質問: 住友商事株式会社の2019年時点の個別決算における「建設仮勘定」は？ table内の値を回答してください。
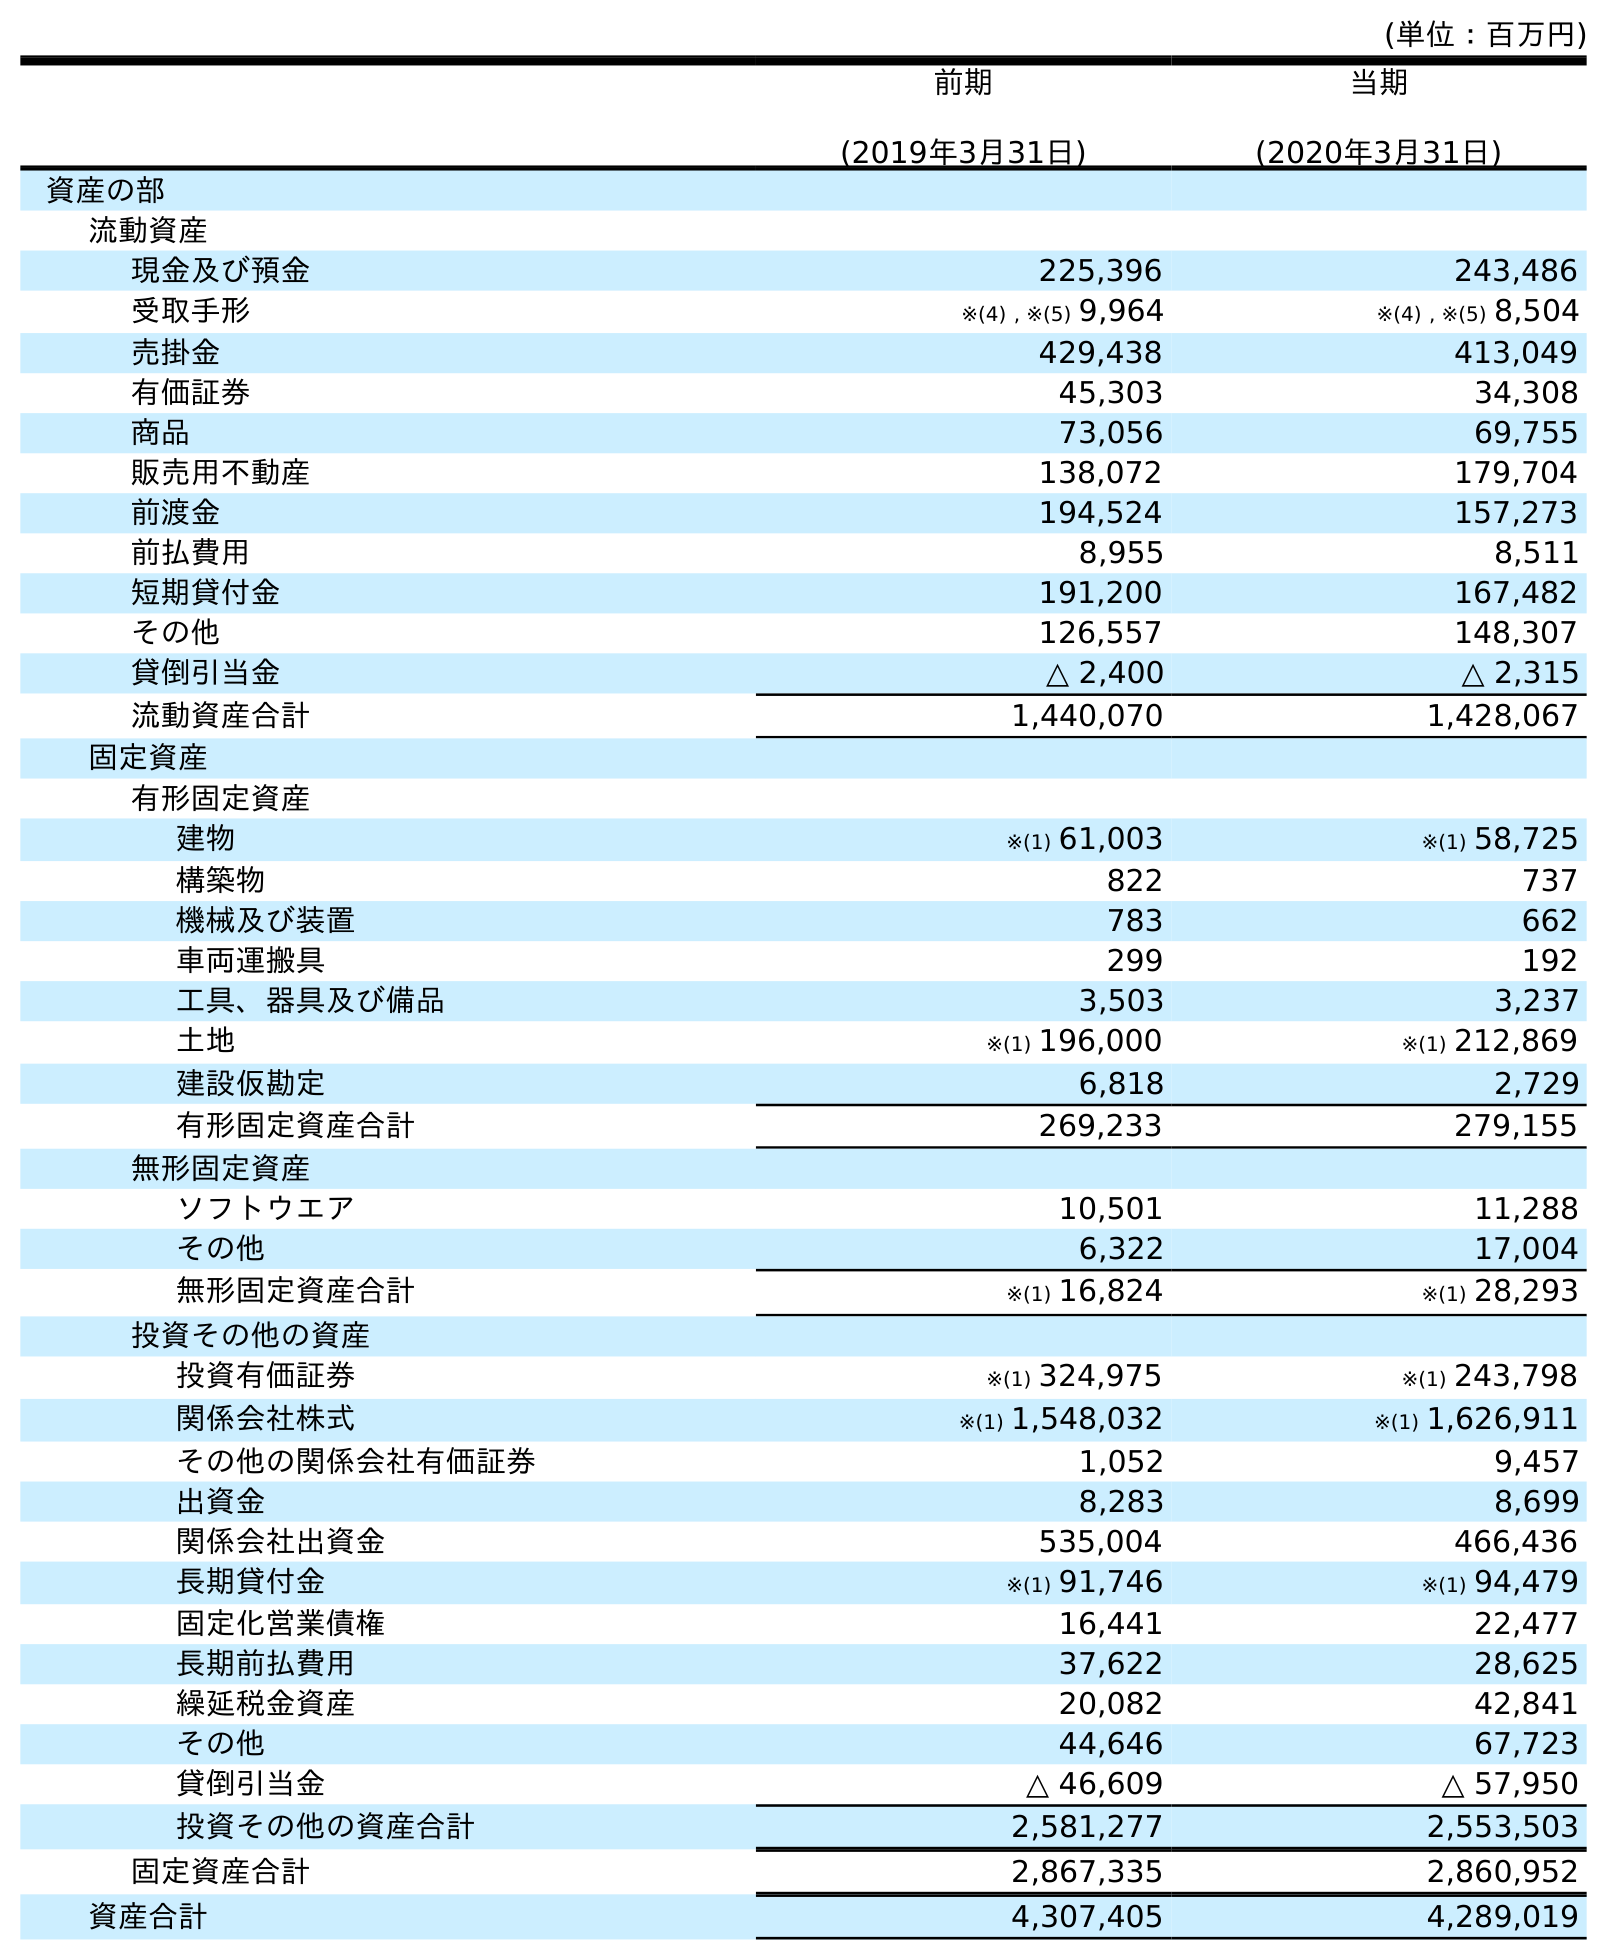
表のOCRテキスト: (単位：百万円) 前期 (2019年3月31日) 当期 (2020年3月31日) 資産の部 流動資産 現金及び預金 225,396 243,486 受取手形 ※(4) , ※(5) 9,964 ※(4) , ※(5) 8,504 売掛金 429,438 413,049 有価証券 45,303 34,308 商品 73,056 69,755 販売用不動産 138,072 179,704 前渡金 194,524 157,273 前払費用 8,955 8,511 短期貸付金 191,200 167,482 その他 126,557 148,307 貸倒引当金 △ 2,400 △ 2,315 流動資産合計 1,440,070 1,428,067 固定資産 有形固定資産 建物 ※(1) 61,003 ※(1) 58,725 構築物 822 737 機械及び装置 783 662 車両運搬具 299 192 工具、器具及び備品 3,503 3,237 土地 ※(1) 196,000 ※(1) 212,869 建設仮勘定 6,818 2,729 有形固定資産合計 269,233 279,155 無形固定資産 ソフトウエア 10,501 11,288 その他 6,322 17,004 無形固定資産合計 ※(1) 16,824 ※(1) 28,293 投資その他の資産 投資有価証券 ※(1) 324,975 ※(1) 243,798 関係会社株式 ※(1) 1,548,032 ※(1) 1,626,911 その他の関係会社有価証券 1,052 9,457 出資金 8,283 8,699 関係会社出資金 535,004 466,436 長期貸付金 ※(1) 91,746 ※(1) 94,479 固定化営業債権 16,441 22,477 長期前払費用 37,622 28,625 繰延税金資産 20,082 42,841 その他 44,646 67,723 貸倒引当金 △ 46,609 △ 57,950 投資その他の資産合計 2,581,277 2,553,503 固定資産合計 2,867,335 2,860,952 資産合計 4,307,405 4,289,019
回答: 6,818